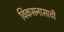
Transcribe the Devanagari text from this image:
विकसनासाठी